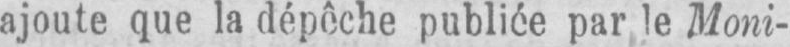
par le Moni-